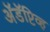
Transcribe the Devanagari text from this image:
अॅडॅप्टिव्ह